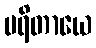
မရိတာယေ